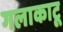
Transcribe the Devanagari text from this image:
गलाकाटू